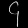
Digit: ၄